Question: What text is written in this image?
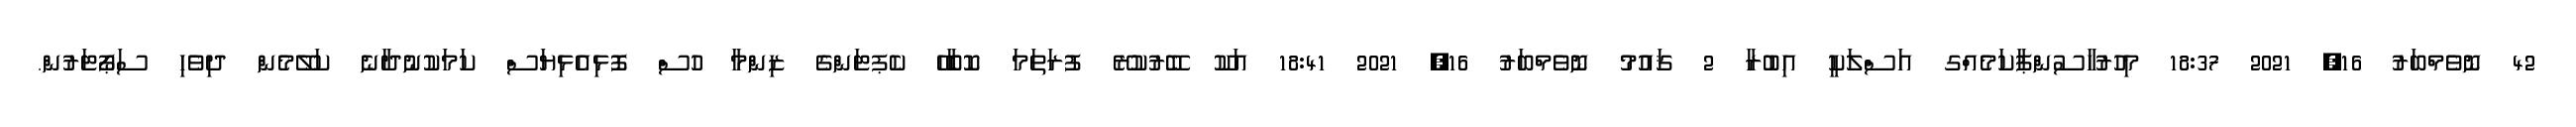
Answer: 42 ނޮވެމްބަރު 16, 2021 18:37 މިހުރުހާސުންޕާކަމެއްގ އަސްލަކީ އިބުރާ 2 ޤައުމު ނޮވެމްބަރު 16, 2021 18:41 އަކޫ ބޭރުކުރޭ ފުރަތަމަ ކޮބާހޭ ކެޕޓަންގެ ޒިންމާ ހުސް ފޮޅިއެޅިޔަސް ކަމަކުނުދާނެ ކަލޭމެން ދިވެހި ސަޕޯޓަރުން.